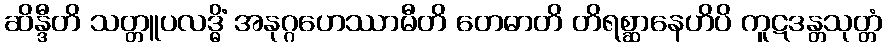
ဆိန္ဒီတိ သတ္တူပလဒ္ဓိံ အနုဂ္ဂဟေဿာမီတိ တေဓာတိ တိရစ္ဆာနေဟိပိ ကူဋဒန္တသုတ္တံ